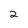
Character: 2